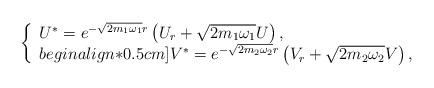
LaTeX: \begin{align*}\left\{\begin{array}{ll}U^*=e^{-\sqrt{2m_1\omega_1}r}\left(U_r+\sqrt {2m_1\omega_1}U\right),\\begin{align*}0.5cm]V^*=e^{-\sqrt {2m_2\omega_2}r}\left(V_r+\sqrt{2m_2\omega_2}V\right),\\\end{array}\right.\end{align*}